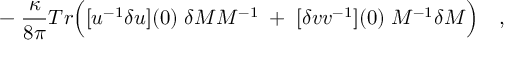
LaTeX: \qquad - \; { \frac { \kappa } { 8 \pi } } T r \Bigl ( [ u ^ { - 1 } \delta u ] ( 0 ) \; \delta { \cal M } { \cal M } ^ { - 1 } \; + \; [ \delta v v ^ { - 1 } ] ( 0 ) \; { \cal M } ^ { - 1 } \delta { \cal M } \Bigr ) \quad ,